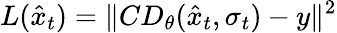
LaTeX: L(\hat{x}_{t})=\| CD_{\theta}(\hat{x}_{t},\sigma_{t})-y\| ^{2}